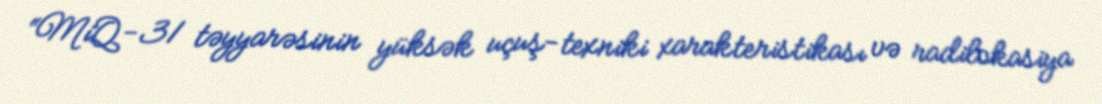
“MiQ-31 təyyarəsinin yüksək uçuş-texniki xarakteristikası və radilokasiya